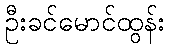
ဦးခင်မောင်ထွန်း